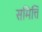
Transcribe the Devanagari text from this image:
समित्ति